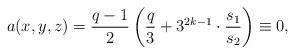
LaTeX: \begin{align*}a(x,y,z)= \frac{q-1}{2}\left( \frac{q}{3}+3^{2k-1}\cdot \frac{s_1}{s_2}\right)\equiv 0,\end{align*}